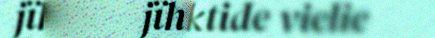
jïh dej reaktide vielie